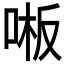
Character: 𫪒